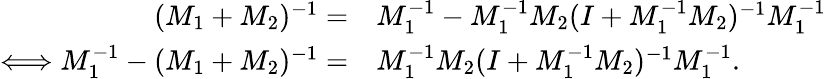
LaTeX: \begin{array}{rl}{(M_{1}+M_{2})^{-1}=}&{M_{1}^{-1}-M_{1}^{-1}M_{2}(I+M_{1}^{-1}M_{2})^{-1}M_{1}^{-1}}\\ {\Longleftrightarrow M_{1}^{-1}-(M_{1}+M_{2})^{-1}=}&{M_{1}^{-1}M_{2}(I+M_{1}^{-1}M_{2})^{-1}M_{1}^{-1}.}\end{array}